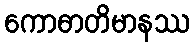
ကောဓာတိမာနဿ